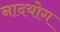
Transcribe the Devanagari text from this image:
नादयोग